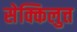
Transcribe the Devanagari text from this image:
सेक्किलुत्त